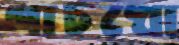
পাচখো